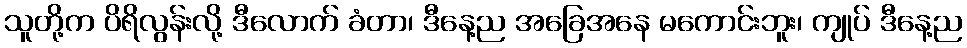
သူတို့က ပိရိလွန်းလို့ ဒီလောက် ခံတာ၊ ဒီနေ့ည အခြေအနေ မကောင်းဘူး၊ ကျုပ် ဒီနေ့ည